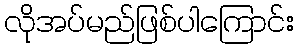
လိုအပ်မည်ဖြစ်ပါကြောင်း